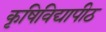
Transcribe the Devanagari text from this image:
कृषिविद्यापीठ